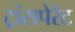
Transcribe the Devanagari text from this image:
ट्रांसपेरेंट